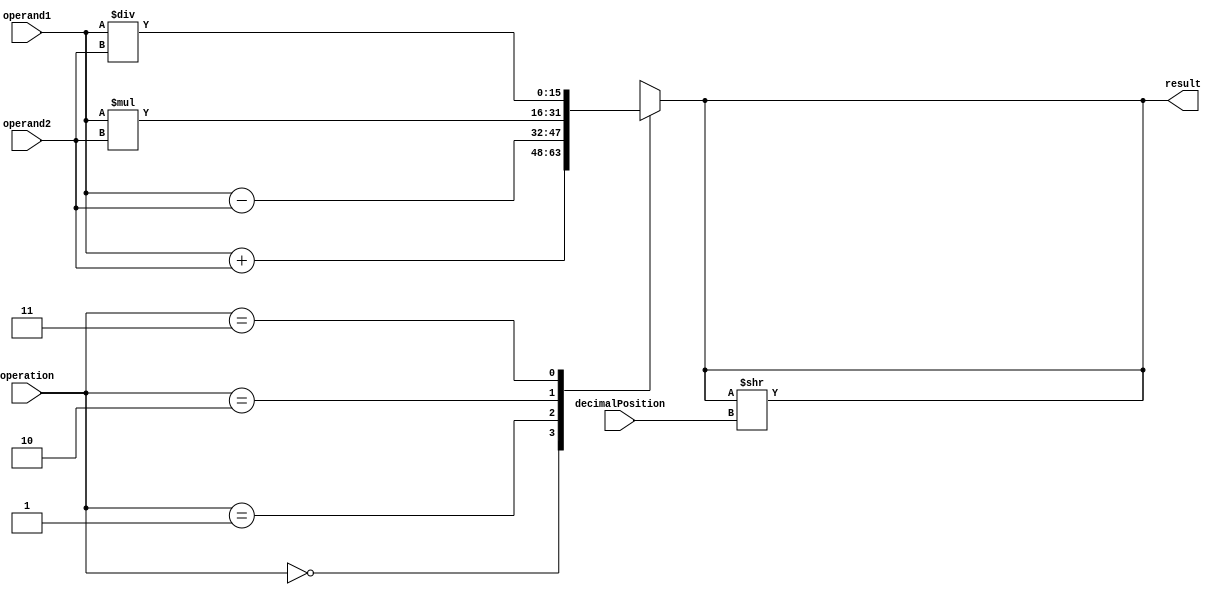
module FixedPointFloatingPointUnit (
    input [15:0] operand1,
    input [15:0] operand2,
    input [3:0] decimalPosition,
    input [1:0] operation,
    output reg [15:0] result
);

// Arithmetic blocks for addition, subtraction, multiplication, and division operations
always @(*)
begin
    case(operation)
        2'b00: result = operand1 + operand2; // Addition
        2'b01: result = operand1 - operand2; // Subtraction
        2'b10: result = operand1 * operand2; // Multiplication
        2'b11: result = operand1 / operand2; // Division
    endcase
end

// Blocks for rounding and normalization of the floating-point representation
always @(*)
begin
    result = result >> decimalPosition; // Shifting result based on decimal position
end

// Error checking functionality
always @(*)
begin
    // Add error checking logic here
end

endmodule